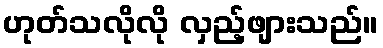
ဟုတ်သလိုလို လှည့်ဖျားသည်။